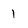
Character: 1